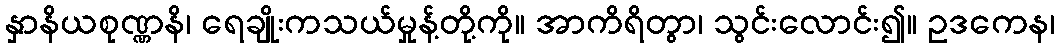
နှာနိယစုဏ္ဏနိ၊ ရေချိုးကသယ်မှုန့်တို့ကို။ အာကိရိတွာ၊ သွင်းလောင်း၍။ ဥဒကေန၊